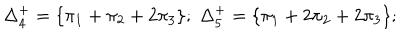
\Delta _ { 4 } ^ { + } = \{ \pi _ { 1 } + \pi _ { 2 } + 2 \pi _ { 3 } \} ; \; \Delta _ { 5 } ^ { + } = \{ \pi _ { 1 } + 2 \pi _ { 2 } + 2 \pi _ { 3 } \} ;